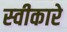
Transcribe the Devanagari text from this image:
स्‍वीकारे